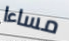
مساءا